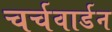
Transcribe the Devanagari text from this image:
चर्चवार्डन